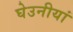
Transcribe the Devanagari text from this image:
घेउनीयां